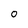
Character: 0